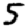
Digit: 5